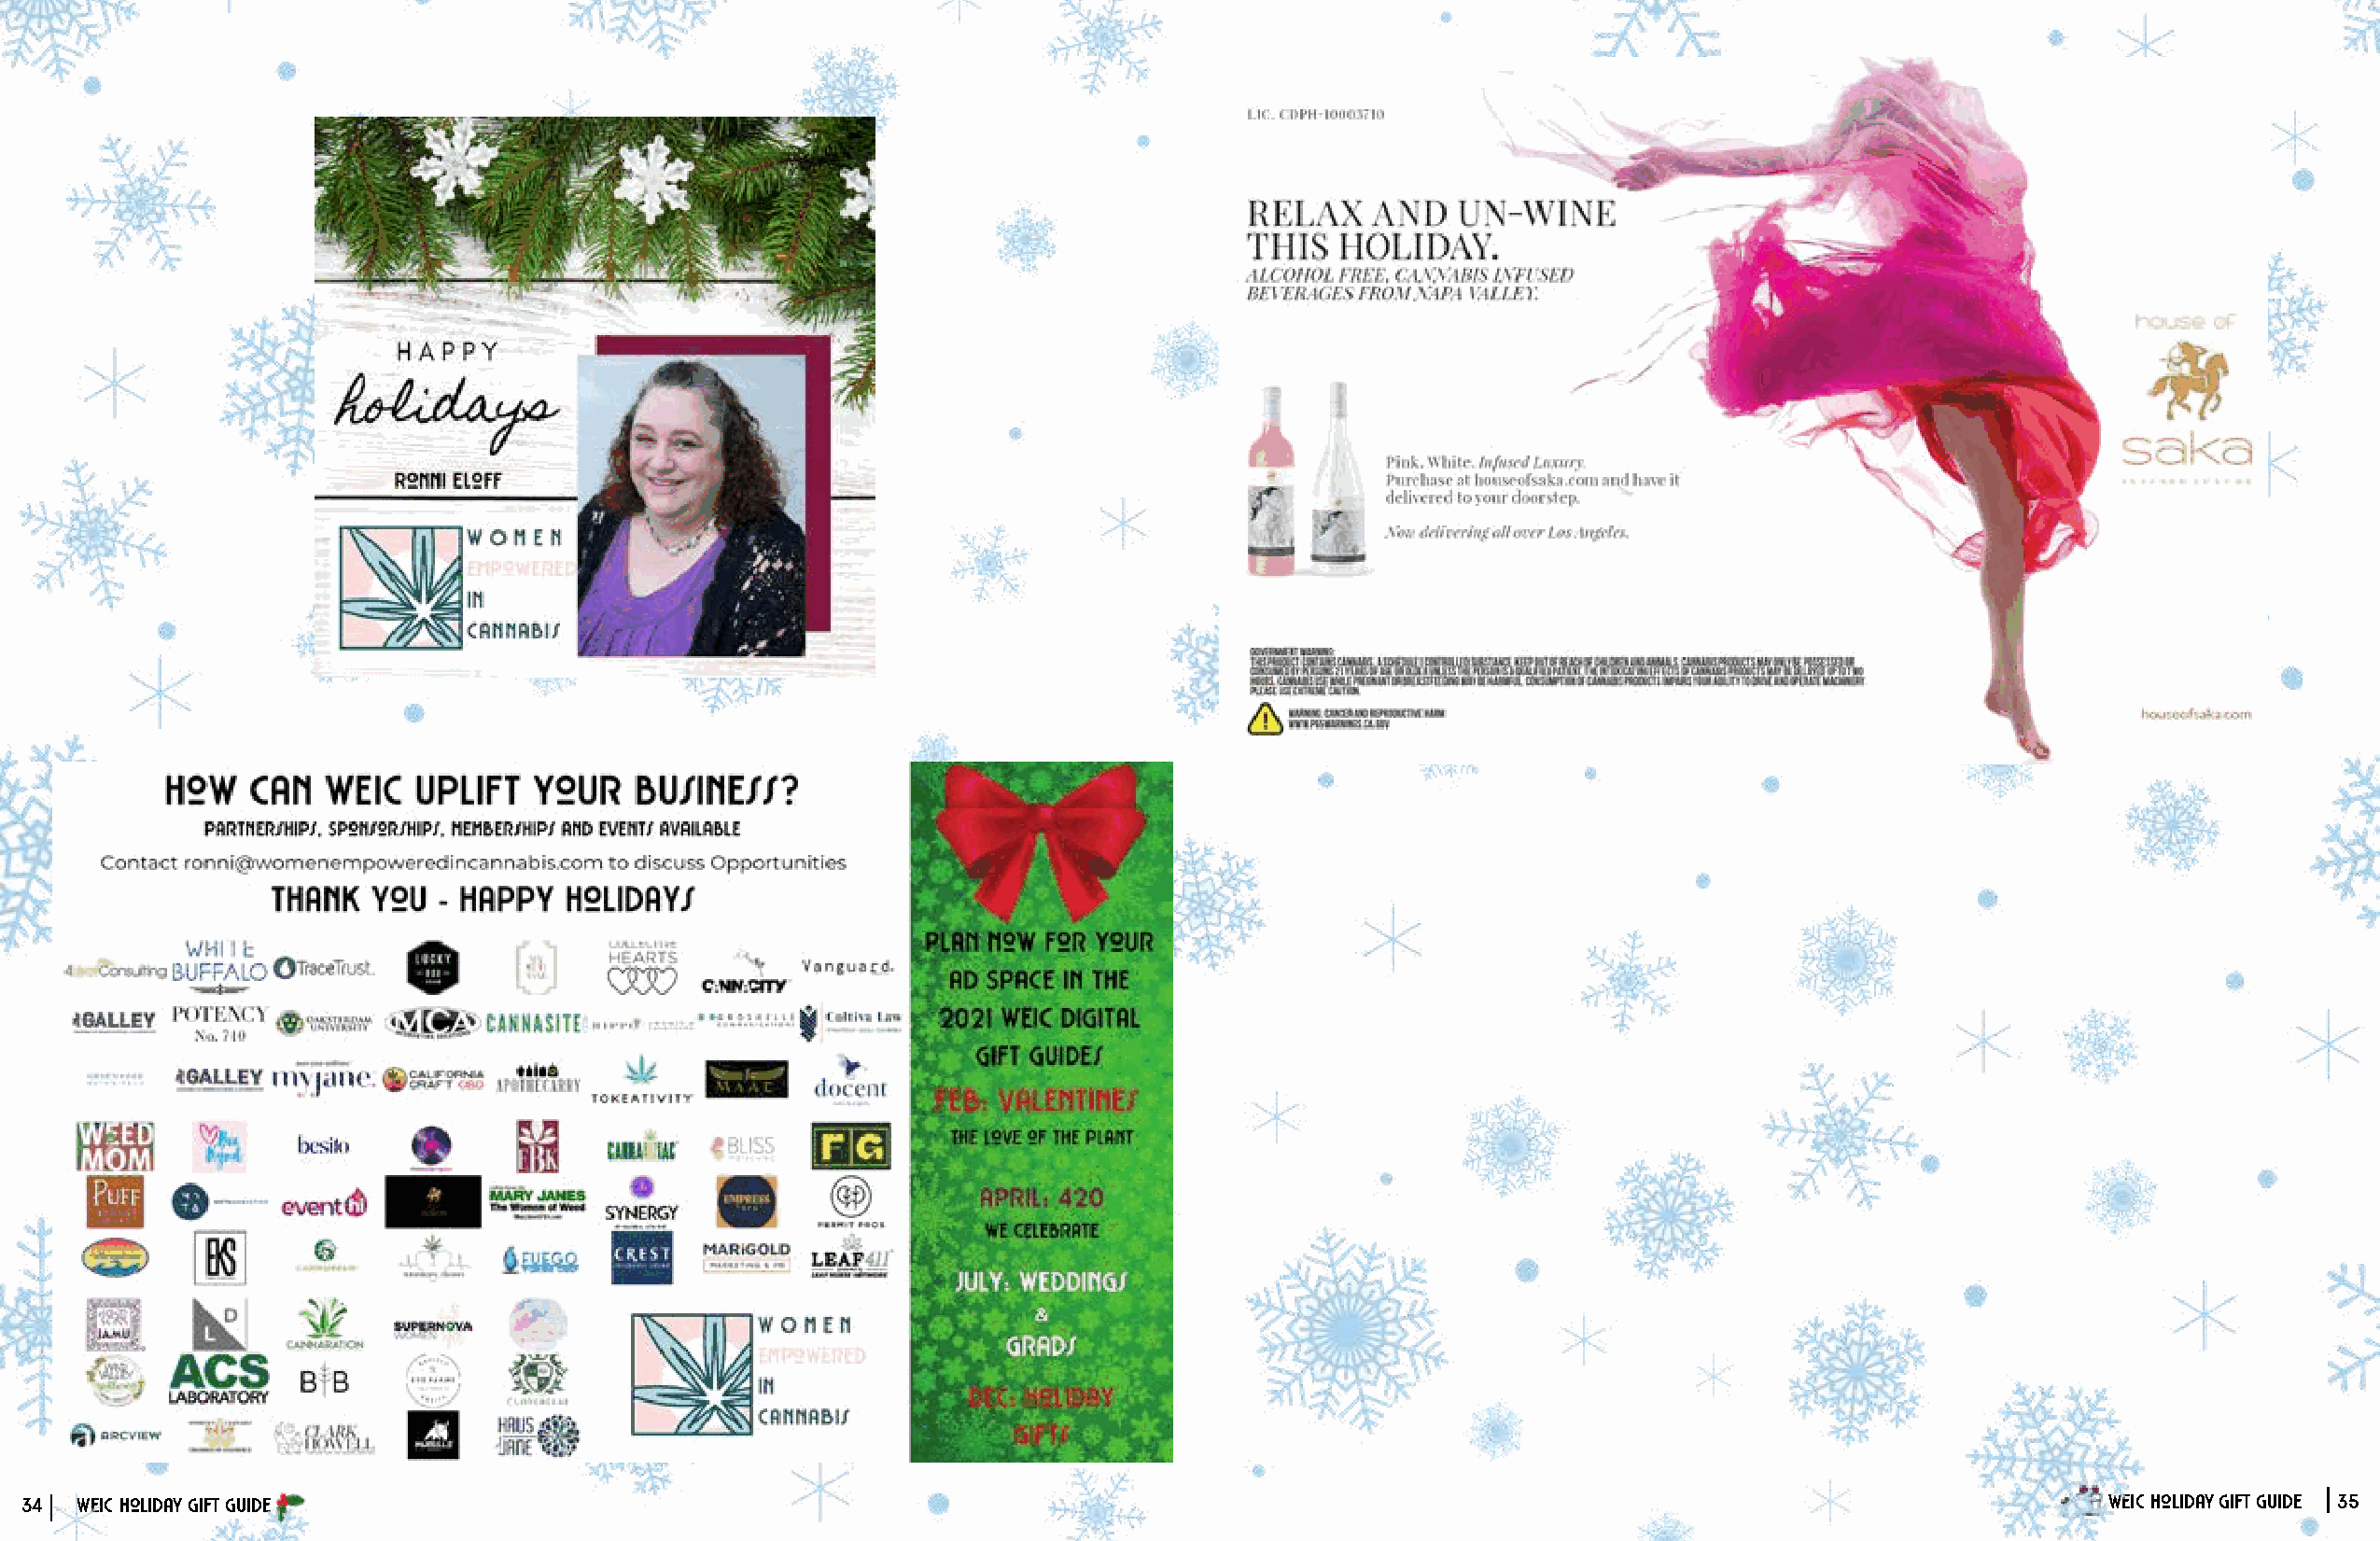
34 WEIC Holiday Gift Guide                                                                                                                          WEIC Holiday Gift Guide 35